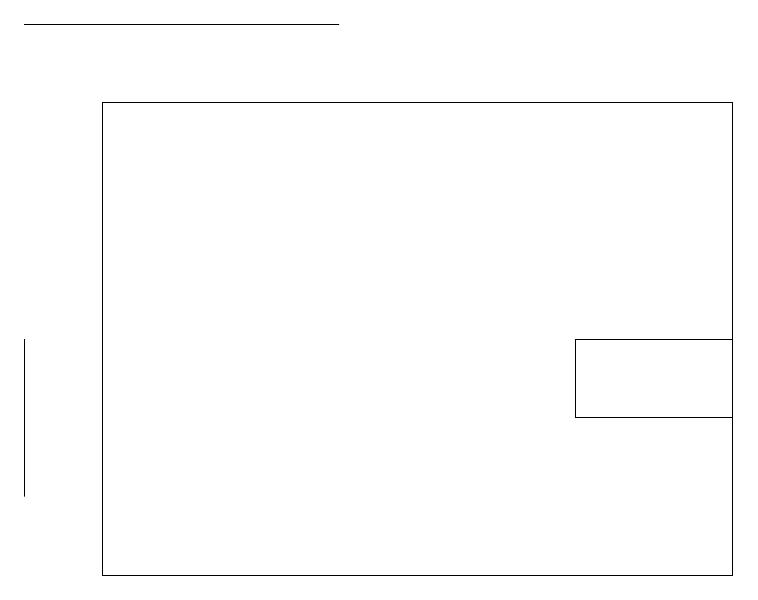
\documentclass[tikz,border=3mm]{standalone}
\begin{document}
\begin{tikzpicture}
\draw (0,11) rectangle (0,13);
\draw (7,12) rectangle (9,13);
\draw (1,16) rectangle (9,10);
\draw (0,17) rectangle (4,17);
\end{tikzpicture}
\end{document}